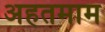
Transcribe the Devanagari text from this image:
अहतमाम